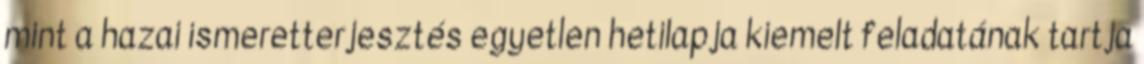
mint a hazai ismeretterjesztés egyetlen hetilapja kiemelt feladatának tartja